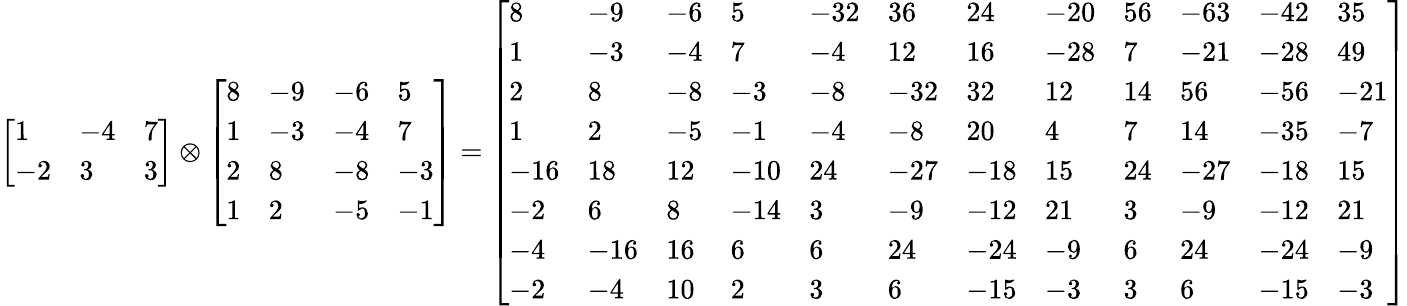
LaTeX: {\left[\begin{array}{lll}{1}&{-4}&{7}\\ {-2}&{3}&{3}\end{array}\right]}\otimes{\left[\begin{array}{llll}{8}&{-9}&{-6}&{5}\\ {1}&{-3}&{-4}&{7}\\ {2}&{8}&{-8}&{-3}\\ {1}&{2}&{-5}&{-1}\end{array}\right]}={\left[\begin{array}{llllllllllll}{8}&{-9}&{-6}&{5}&{-32}&{36}&{24}&{-20}&{56}&{-63}&{-42}&{35}\\ {1}&{-3}&{-4}&{7}&{-4}&{12}&{16}&{-28}&{7}&{-21}&{-28}&{49}\\ {2}&{8}&{-8}&{-3}&{-8}&{-32}&{32}&{12}&{14}&{56}&{-56}&{-21}\\ {1}&{2}&{-5}&{-1}&{-4}&{-8}&{20}&{4}&{7}&{14}&{-35}&{-7}\\ {-16}&{18}&{12}&{-10}&{24}&{-27}&{-18}&{15}&{24}&{-27}&{-18}&{15}\\ {-2}&{6}&{8}&{-14}&{3}&{-9}&{-12}&{21}&{3}&{-9}&{-12}&{21}\\ {-4}&{-16}&{16}&{6}&{6}&{24}&{-24}&{-9}&{6}&{24}&{-24}&{-9}\\ {-2}&{-4}&{10}&{2}&{3}&{6}&{-15}&{-3}&{3}&{6}&{-15}&{-3}\end{array}\right]}